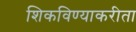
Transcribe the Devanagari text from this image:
शिकविण्याकरीता